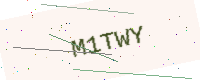
Text: M1TWY